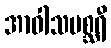
အာဝါသမစ္ဆရီ